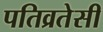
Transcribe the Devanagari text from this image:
पतिव्रतेसी